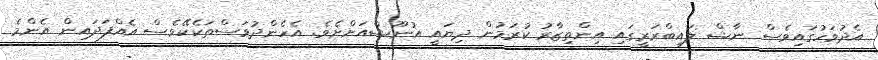
އެދުވަހުގައިވެސް ނާޝް ލައިބްރަރީގައި އިންތިޒާރު ކުރަމުން ދިޔައީ އުނޫޝްއަށްށެވެ. އެހެންދުވަސްތަކެކޭވެސް އެއްފަދައިން އެންމެ